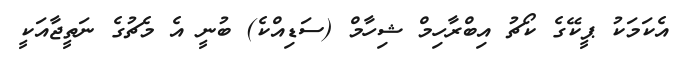
އެކަމަކު ޕީކޭގެ ކޯޗު އިބްރާހިމް ޝިހާމް (ސަޑިއްކެ) ބުނީ އެ މެޗުގެ ނަތީޖާއަކީ